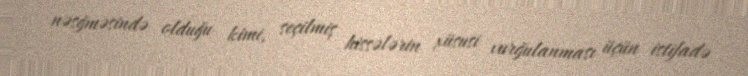
nəsğməsində olduğu kimi, seçilmiş hissələrin xüsusi vurğulanması üçün istifadə